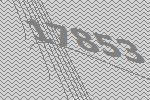
17853